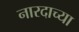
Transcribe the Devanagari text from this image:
नारदाच्या